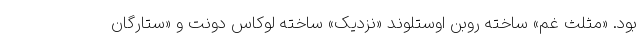
بود. «مثلث غم» ساخته روبن اوستلوند «نزدیک» ساخته لوکاس دونت و «ستارگان